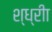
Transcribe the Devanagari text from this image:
श्ध्रीा